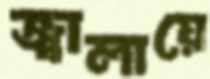
জ্বালায়ে